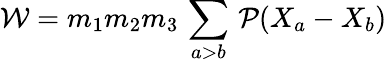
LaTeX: {\cal W}=m_{1}m_{2}m_{3}\, \sum_{a>b}\, {\cal P}(X_{a}-X_{b})